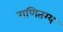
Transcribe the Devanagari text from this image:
गणितग्य